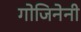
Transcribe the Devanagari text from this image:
गोजिनेनी